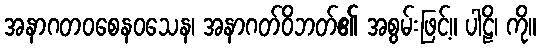
အနာဂတဝစေနဝသေန၊ အနာဂတ်ဝိဘတ်၏ အစွမ်းဖြင့်။ ပါဠိ၊ ကို။